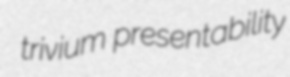
trivium presentability